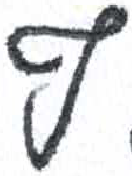
אות: ף